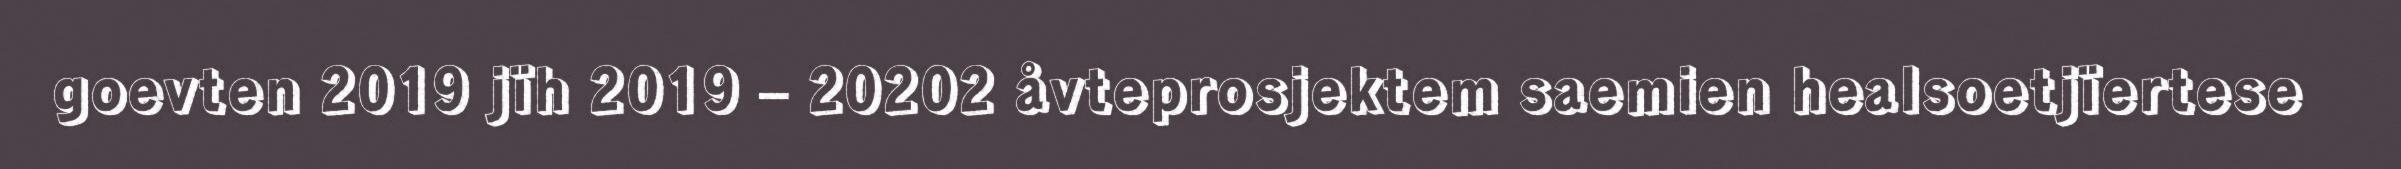
goevten 2019 jïh 2019 – 20202 åvteprosjektem saemien healsoetjïertese